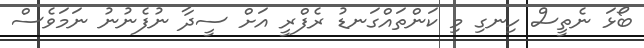
ބޯޅަ ނެތީސް ހިނގި މި ކަންތައްގަނޑު ރެފްރީ އަށް ސީދާ ނުފެނުނު ނަމަވެސް